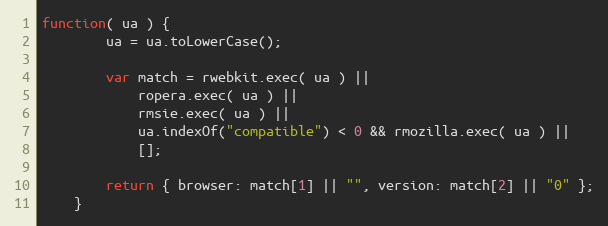
Language: JavaScript
function( ua ) {
		ua = ua.toLowerCase();

		var match = rwebkit.exec( ua ) ||
			ropera.exec( ua ) ||
			rmsie.exec( ua ) ||
			ua.indexOf("compatible") < 0 && rmozilla.exec( ua ) ||
			[];

		return { browser: match[1] || "", version: match[2] || "0" };
	}